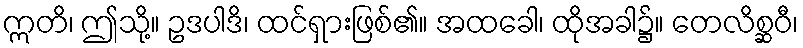
ဣတိ၊ ဤသို့။ ဥဒပါဒိ၊ ထင်ရှားဖြစ်၏။ အထခေါ၊ ထိုအခါ၌။ တေလိစ္ဆဝီ၊